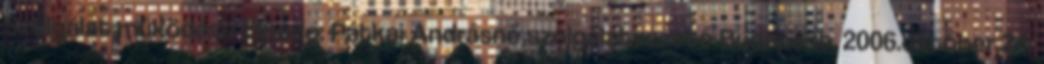
Szolgálat működése Előadó: Pátkai Andrásné szolgálatvezető Budapest, 2006.október 24.